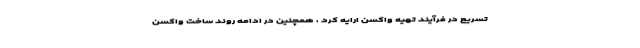
تسریع در فرآیند تهیه واکسن ارایه کرد ، همچنین در ادامه روند ساخت واکسن